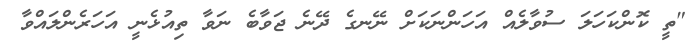
"ތީ ކޮންކަހަލަ ސުވާލެއް އަހަންނަކަށް ނޭނގެ ދޭނެ ޖަވާބެ ނަވާ ތިއުޅެނީ އަހަރެންލައްވާ